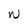
Character: W